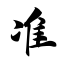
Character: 准